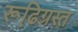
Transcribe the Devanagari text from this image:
रूढि़ग्रस्त